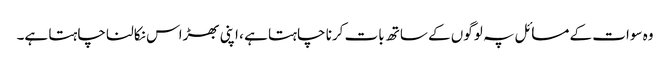
وہ سوات کے مسائل پہ لوگوں کے ساتھ بات کرنا چاہتا ہے ، اپنی بھڑاس نکالنا چاہتا ہے۔